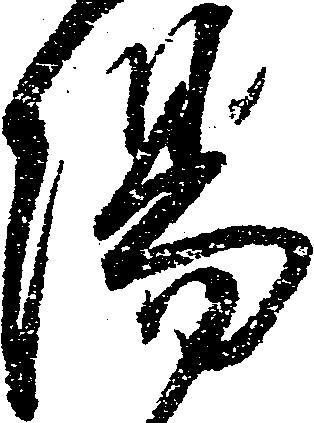
陽